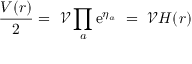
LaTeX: \frac { V ( r ) } { 2 } = \ \mathcal { V } \prod _ { a } \mathrm { e } ^ { \eta _ { a } } \ = \ \mathcal { V } H ( r )